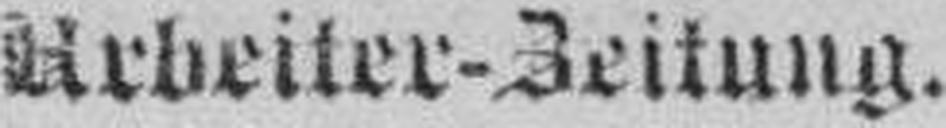
Arbeiter-Zeitung.